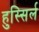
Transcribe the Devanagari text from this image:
हुस्सिर्ल